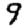
Digit: 9